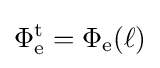
\mathrm {\Phi _{e}^{t}} =\mathrm {\Phi _{e}} (\ell )